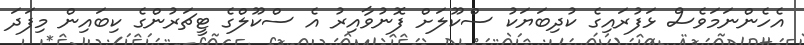
އެހެންނަމަވެސް ޅަފުރައިގެ ކުދިބަޔަކު ސްކޫލަށް ފޮނުވާއިރު އެ ސްކޫލްގެ ޓީޗަރުންގެ ކިބައިން މިފަދަ